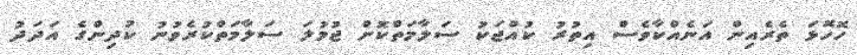
ހޮހޮޅަ ތެރެއިން އަނެއްކާވެސް އިތުރު ކުއްޖަކު ސަލާމަތްކޮށް ޖުމުލަ ސަލާމަތްކުރެވުނު ކުދިންގެ އަދަދު